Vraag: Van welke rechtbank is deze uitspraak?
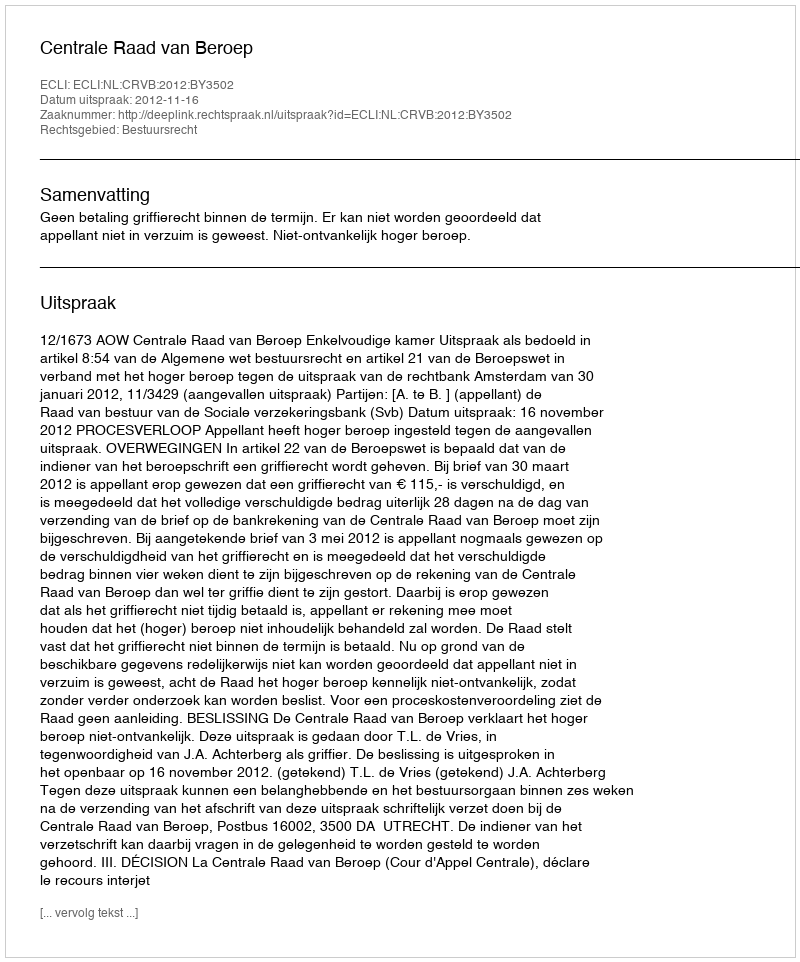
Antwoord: Centrale Raad van Beroep